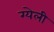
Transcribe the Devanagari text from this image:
ग्येली